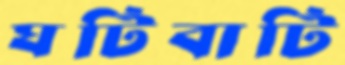
ঘটিবাটি